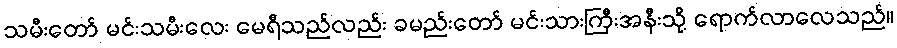
သမီးတော် မင်းသမီးလေး မေရီသည်လည်း ခမည်းတော် မင်းသားကြီးအနီးသို့ ရောက်လာလေသည်။